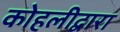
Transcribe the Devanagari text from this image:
कोहलीद्वारा